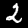
Label: 2